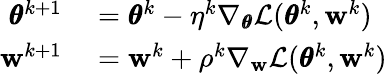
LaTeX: \begin{array}{rl}{\pmb{\theta}^{k+1}}&{{}=\pmb{\theta}^{k}-\eta^{k}\nabla_{\pmb{\theta}}\mathcal{L}(\pmb{\theta}^{k},\mathbf{w}^{k})}\\ {\mathbf{w}^{k+1}}&{{}=\mathbf{w}^{k}+\rho^{k}\nabla_{\mathbf{w}}\mathcal{L}(\pmb{\theta}^{k},\mathbf{w}^{k})}\end{array}